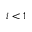
i < 1